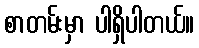
စာတမ်းမှာ ပါရှိပါတယ်။